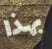
بهذا